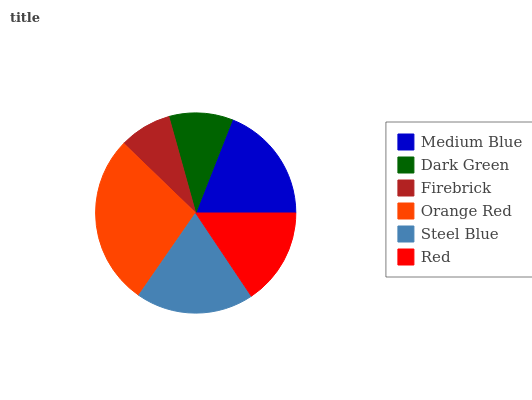
| Medium Blue | Dark Green | Firebrick | Orange Red | Steel Blue | Red |
 | --- | --- | --- | --- | --- | --- |
 | 19.1% | 10.3% | 8.44% | 27.5% | 19.1% | 15.6% |